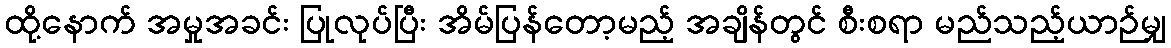
ထို့နောက် အမှုအခင်း ပြုလုပ်ပြီး အိမ်ပြန်တော့မည့် အချိန်တွင် စီးစရာ မည်သည့်ယာဉ်မျှ